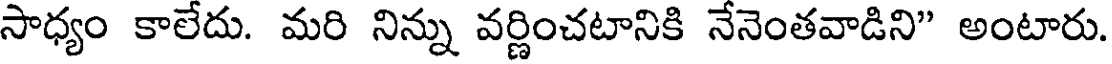
సాధ్యం కాలేదు. మరి నిన్ను వర్ణించటానికి నేనెంతవాడిని" అంటారు.